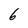
Character: 6